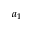
a _ { 1 }